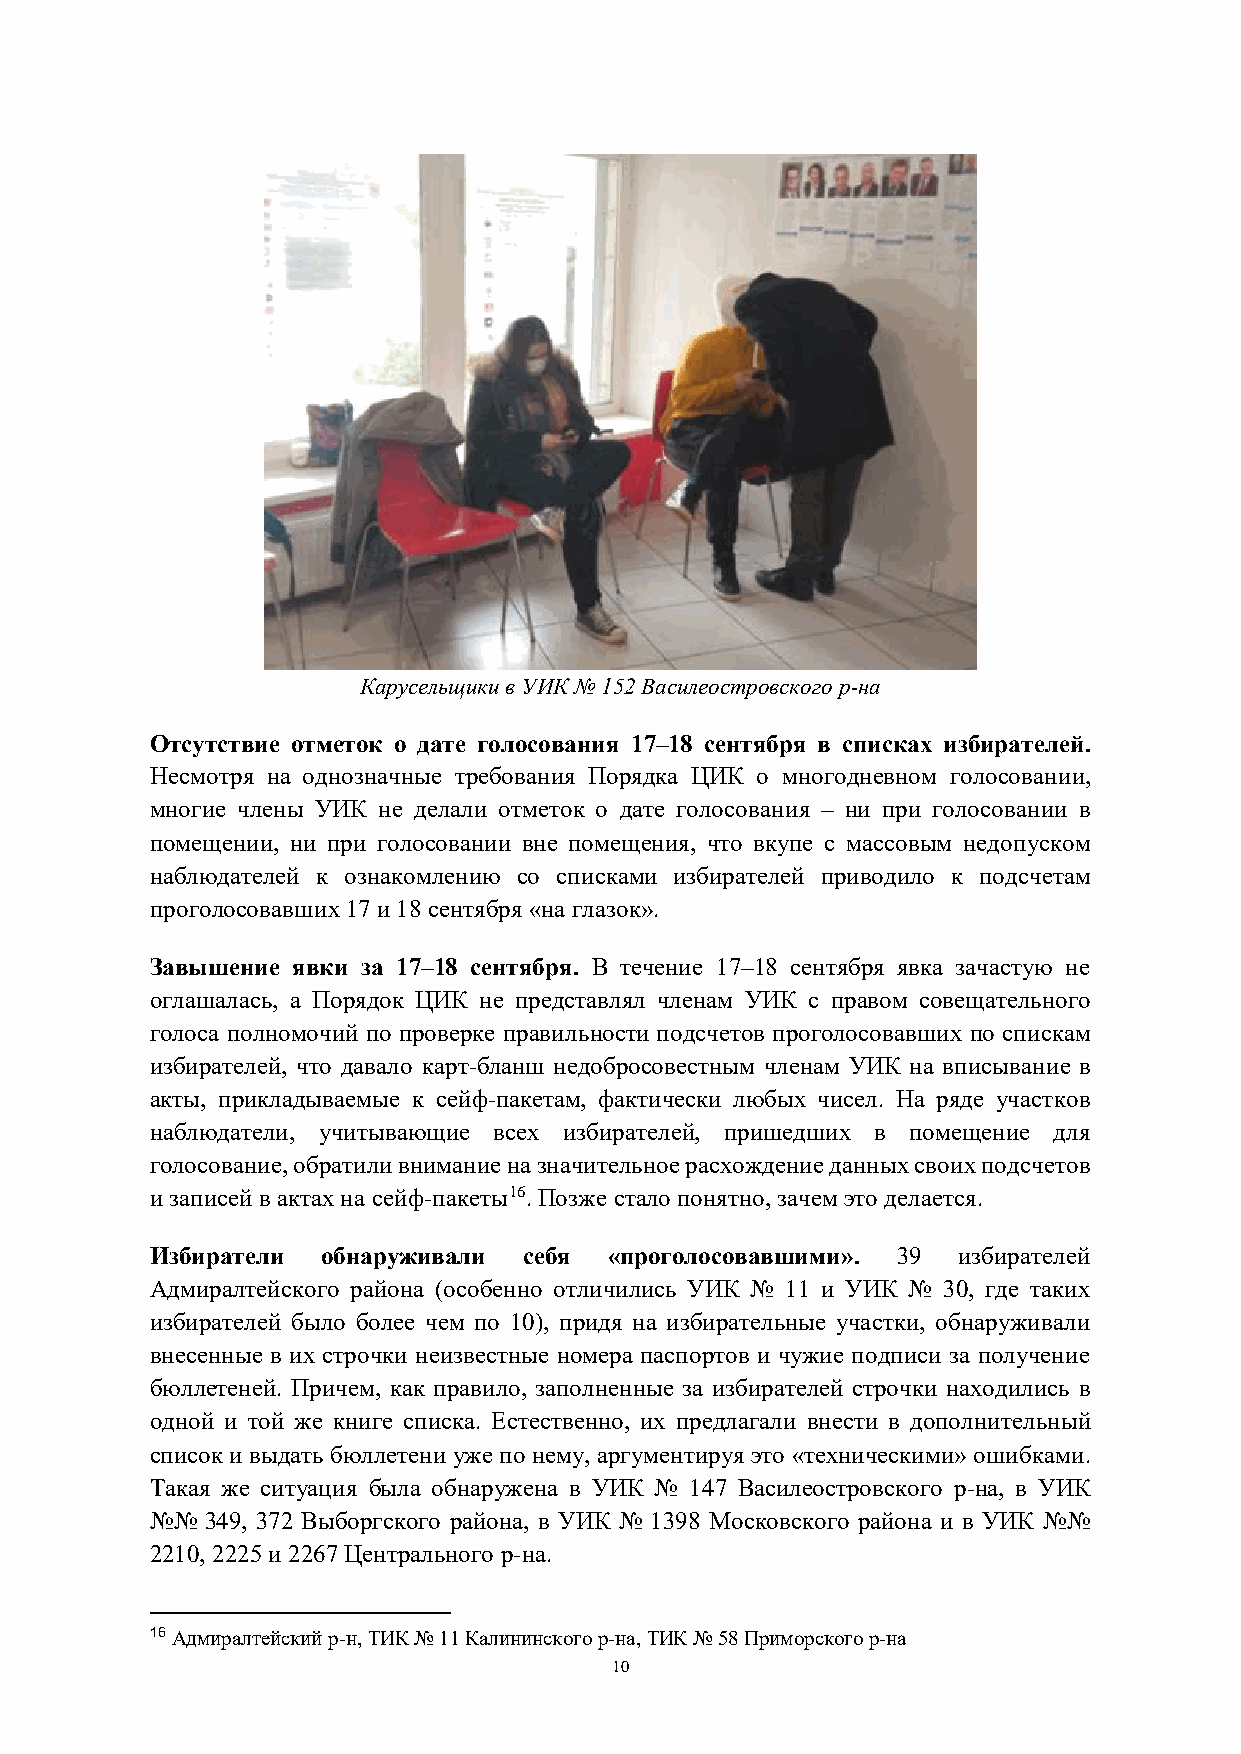
Карусельщики в УИК № 152 Василеостровского р-на
 Отсутствие отметок о дате голосования 17–18 сентября в списках избирателей.
 Несмотря на однозначные требования Порядка ЦИК о многодневном голосовании,
 многие члены УИК не делали отметок о дате голосования – ни при голосовании в
 помещении, ни при голосовании вне помещения, что вкупе с массовым недопуском
 наблюдателей к ознакомлению со списками избирателей приводило к подсчетам
 проголосовавших 17 и 18 сентября «на глазок».
 Завышение явки за 17–18 сентября. В течение 17–18 сентября явка зачастую не
 оглашалась, а Порядок ЦИК не представлял членам УИК с правом совещательного
 голоса полномочий по проверке правильности подсчетов проголосовавших по спискам
 избирателей, что давало карт-бланш недобросовестным членам УИК на вписывание в
 акты, прикладываемые к сейф-пакетам, фактически любых чисел. На ряде участков
 наблюдатели, учитывающие всех избирателей, пришедших в помещение для
 голосование, обратили внимание на значительное расхождение данных своих подсчетов
 и записей в актах на сейф-пакеты16. Позже стало понятно, зачем это делается.
 Избиратели обнаруживали  себя «проголосовавшими». 39 избирателей
 Адмиралтейского района (особенно отличились УИК № 11 и УИК № 30, где таких
 избирателей было более чем по 10), придя на избирательные участки, обнаруживали
 внесенные в их строчки неизвестные номера паспортов и чужие подписи за получение
 бюллетеней. Причем, как правило, заполненные за избирателей строчки находились в
 одной и той же книге списка. Естественно, их предлагали внести в дополнительный
 список и выдать бюллетени уже по нему, аргументируя это «техническими» ошибками.
 Такая же ситуация была обнаружена в УИК № 147 Василеостровского р-на, в УИК
 №№  349, 372 Выборгского района, в УИК № 1398 Московского района и в УИК №№
 2210, 2225 и 2267 Центрального р-на.
 16 Адмиралтейский р-н, ТИК № 11 Калининского р-на, ТИК № 58 Приморского р-на
 10